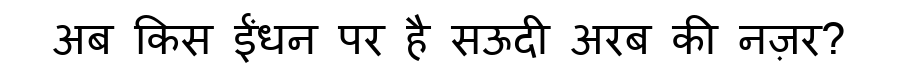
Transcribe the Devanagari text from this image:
अब किस ईंधन पर है सऊदी अरब की नज़र?